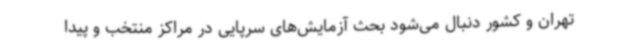
تهران و کشور دنبال می‌شود بحث آزمایش‌های سرپایی در مراکز منتخب و پیدا